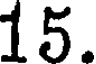
15.